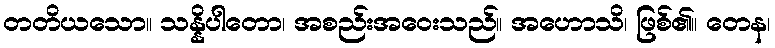
တတိယသော။ သန္နိပါတော၊ အစည်းအဝေးသည်။ အဟောသိ၊ ဖြစ်၏။ တေန၊